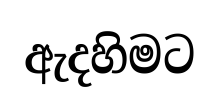
ඇදහිමට